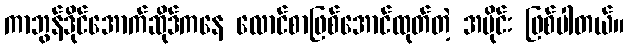
ကာဘွန်ဒိုင်အောက်ဆိုဒ်ကနေ လောင်စာဖြစ်အောင်ထုတ်တဲ့ အပိုင်း ဖြစ်ပါတယ်။